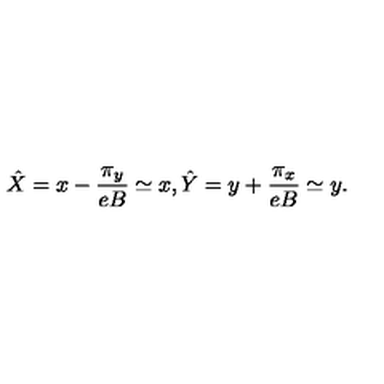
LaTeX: \hat { X } = x - \frac { \pi _ { y } } { e B } \simeq x , \hat { Y } = y + \frac { \pi _ { x } } { e B } \simeq y .